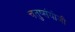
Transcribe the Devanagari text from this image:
चतुष्संयोजी